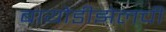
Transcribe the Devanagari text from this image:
बायोडीझेलची